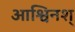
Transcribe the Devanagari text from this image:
आश्विनश्